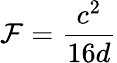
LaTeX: \mathcal{F}={\frac{{c^{2}}}{{16d}}}